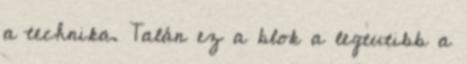
a technika. Talán ez a blok a legtutibb a